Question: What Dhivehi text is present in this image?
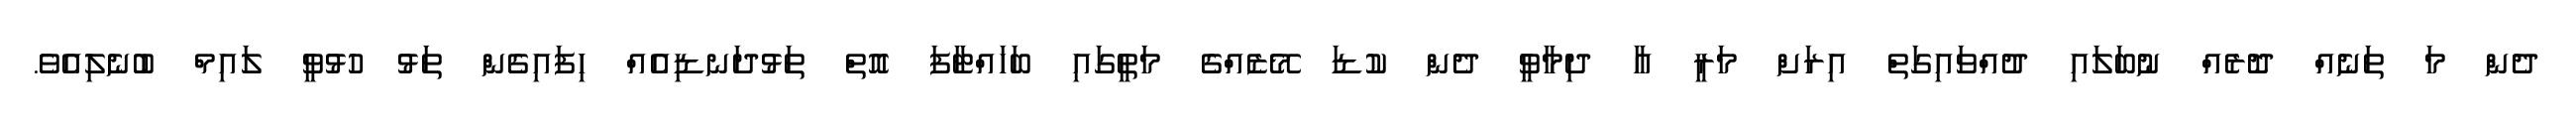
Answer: ދެން މަ ތަނެއް ދޮރެއް ނުބަލައި ދުއްވައިގަތް އިރަށް މަރީ އާ ދިމާވީ ދެން ކުޑަ މޭޒެއްގެ މަތީގައި ބަހައްޓާފަ އޮތް ތަޅުދަނޑިއެއް ހިފައިގެން ތަޅު ހުޅުވީ ލައިމް ބުނެލިއެވެ.